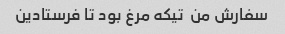
سفارش من  تیکه مرغ بود تا فرستادین